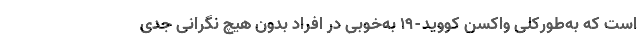
است که به‌طورکلی واکسن کووید-۱۹ به‌خوبی در افراد بدون هیچ نگرانی جدی